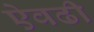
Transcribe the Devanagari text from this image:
ऐवढी